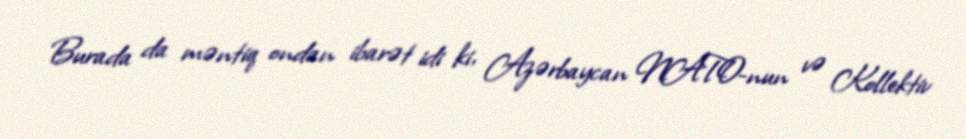
Burada da məntiq ondan ibarət idi ki, Azərbaycan NATO-nun və Kollektiv